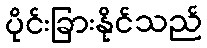
ပိုင်းခြားနိုင်သည်